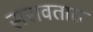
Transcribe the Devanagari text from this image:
सरावतात